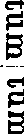
tum tum